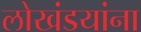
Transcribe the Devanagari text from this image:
लोखंडयांना